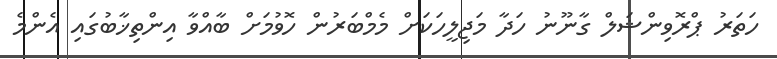
ހަތަރު ޕްރޮވިންޝަލް ގާނޫނު ހަދާ މަޖިލީހަކަށް މެމްބަރުން ހޮވުމަށް ބާއްވާ އިންތިޚާބުގައި އެންމެ